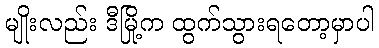
မျိုးလည်း ဒီမြို့က ထွက်သွားရတော့မှာပါ